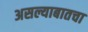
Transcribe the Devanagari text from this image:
असल्याबातचा